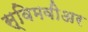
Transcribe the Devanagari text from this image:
स्विमवीअर